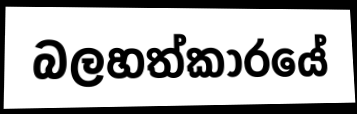
බලහත්කාරයේ